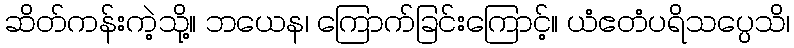
ဆိတ်ကန်းကဲ့သို့။ ဘယေန၊ ကြောက်ခြင်းကြောင့်။ ယံဧတံပရိသပ္ပေသိ၊